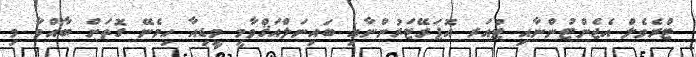
ޓްރެވެލް އެޖެންޓުންނާއި ޓުއަރ އޮޕަރޭޓަރުންނާއި ބައިނަލްއަޤްވާމީ މީޑިއާ ހިމެނޭ ގޮތަށް ބާއްވާ މި